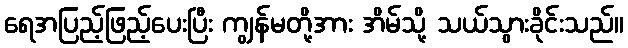
ရေအပြည့်ဖြည့်ပေးပြီး ကျွန်မတို့အား အိမ်သို့ သယ်သွားခိုင်းသည်။